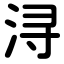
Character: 浔